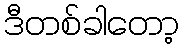
ဒီတစ်ခါတော့